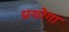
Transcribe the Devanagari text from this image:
प्रयोगा